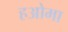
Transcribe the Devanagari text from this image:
हओमा